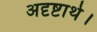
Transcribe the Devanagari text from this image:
अदृष्टार्थ।